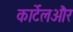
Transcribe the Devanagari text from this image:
कार्टेलऔर